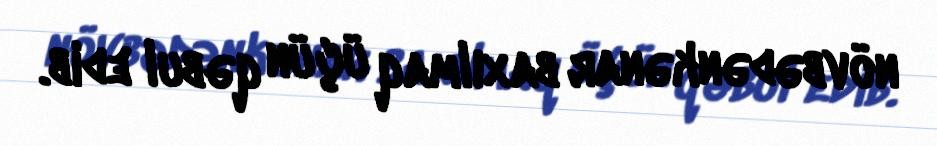
növbədənkənar baxılmaq üçün qəbul edib.